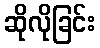
ဆိုလိုခြင်း